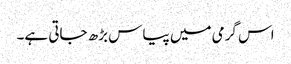
اس گرمی میں پیاس بڑھ جاتی ہے۔